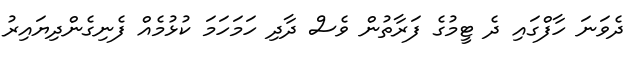
ދެވަނަ ހާފްގައި ދެ ޓީމުގެ ފަރާތުން ވެސް ދާދި ހަމަހަމަ ކުޅުމެއް ފެނިގެންދިޔައިރު